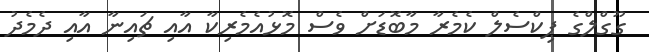
ގޫގްލްގެ ޕިކްސެލް ކެމެރާ މާބޮޑަށް ވެސް މޮޅުއެމެރިކާ އާއި ޗައިނާ އާއި ދެމެދު